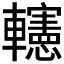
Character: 𨏥